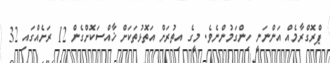
ޕްރޮގްރާމެއް އަންނަނީ ހިންގަމުންނެވެ. މީގެ އިތުރަށް އަތޮޅުތަކަށް ޚާއްސަކޮށްގެން 12 ރަށެއްގައި 32